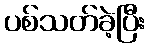
ပစ်သတ်ခဲ့ပြီး